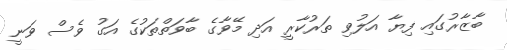
ބާޒާރުގައި ފިޔާ އަލުވި ތަރުކާރީ އަދި މޭވާގެ ބާވަތްތަކުގެ އަގު ވެސް ވަނީ